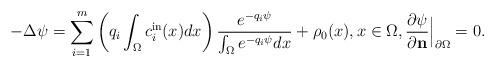
LaTeX: \begin{align*}-\Delta \psi=\sum_{i=1}^m \left(q_i\int_{\Omega}c^{\rm in}_i(x)dx\right)\frac{e^{-q_i\psi}}{\int_{\Omega} e^{-q_i\psi} dx} +\rho_0(x), x\in \Omega, \frac{\partial \psi}{\partial \textbf{n}}\Big|_{\partial \Omega} =0.\end{align*}